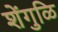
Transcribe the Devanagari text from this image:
शेंगुळि